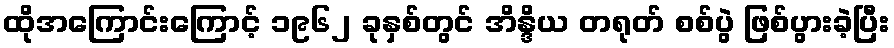
ထိုအကြောင်းကြောင့် ၁၉၆၂ ခုနှစ်တွင် အိန္ဒိယ တရုတ် စစ်ပွဲ ဖြစ်ပွားခဲ့ပြီး